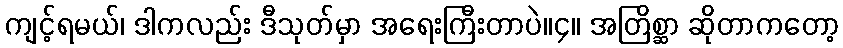
ကျင့်ရမယ်၊ ဒါကလည်း ဒီသုတ်မှာ အရေးကြီးတာပဲ။၄။ အတြိစ္ဆာ ဆိုတာကတော့